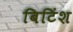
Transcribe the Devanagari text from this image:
बिटिंश